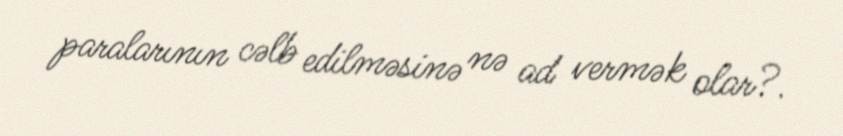
paralarının cəlb edilməsinə nə ad vermək olar?.